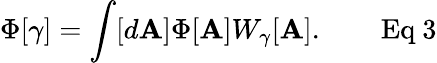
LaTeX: \Phi[\gamma]=\int[d\mathbf{A}]\Phi[\mathbf{A}]W_{\gamma}[\mathbf{A}].\qquad{\mathrm{{Eq~3}}}